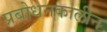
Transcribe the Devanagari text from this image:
प्रबोधनकालीन